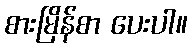
စားမြိန်စာ ပေးပါ။